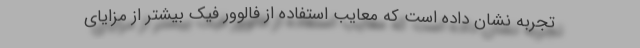
تجربه نشان داده است که معایب استفاده از فالوور فیک بیشتر از مزایای